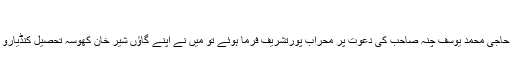
مرے غریب خانے پر
حضور پیر مٹھا رحمۃ اللہ علیہ حاجی محمد یوسف چنہ صاحب کی دعوت پر محراب پورتشریف فرما ہوئے تو میں نے اپنے گاؤں شیر خان کھوسہ تحصیل کنڈیارو پروگرام کی دعوت عرض کی۔